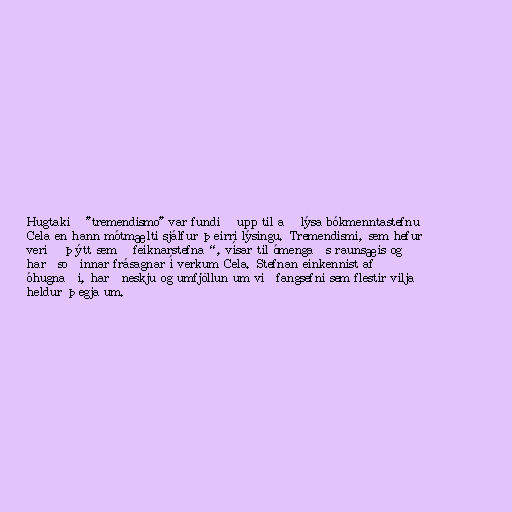
Hugtakið "tremendismo" var fundið upp til að lýsa bókmenntastefnu
Cela en hann mótmælti sjálfur þeirri lýsingu. Tremendismi, sem hefur
verið þýtt sem „feiknarstefna“, vísar til ómengaðs raunsæis og
harðsoðinnar frásagnar í verkum Cela. Stefnan einkennist af
óhugnaði, harðneskju og umfjöllun um viðfangsefni sem flestir vilja
heldur þegja um.